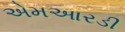
એમઆરડી